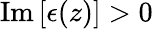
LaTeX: \mathrm{Im}\left[\epsilon(z)\right]>0